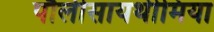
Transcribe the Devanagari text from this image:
पौलीसायथीमिया